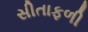
સીતાફળી